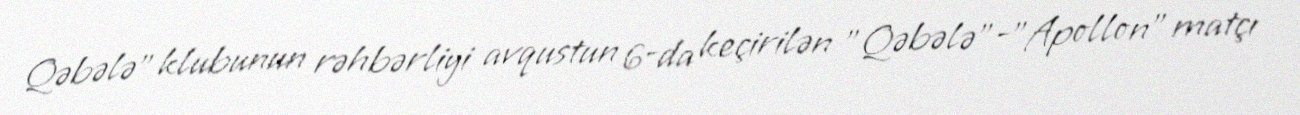
Qəbələ" klubunun rəhbərliyi avqustun 6-da keçirilən "Qəbələ"-"Apollon" matçı